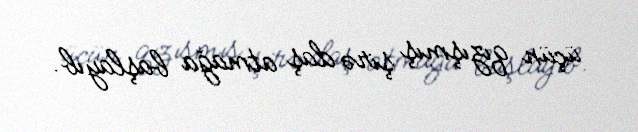
üçün qızışmış şirə daş atmağa başlayıb.